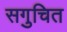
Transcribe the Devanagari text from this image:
सगुचित